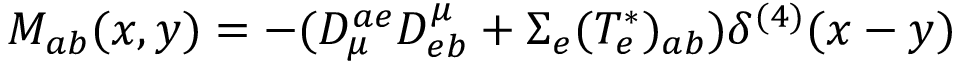
M _ { a b } ( x , y ) = - ( D _ { \mu } ^ { a e } D _ { e b } ^ { \mu } + \Sigma _ { e } ( T _ { e } ^ { \ast } ) _ { a b } ) \delta ^ { ( 4 ) } ( x - y )